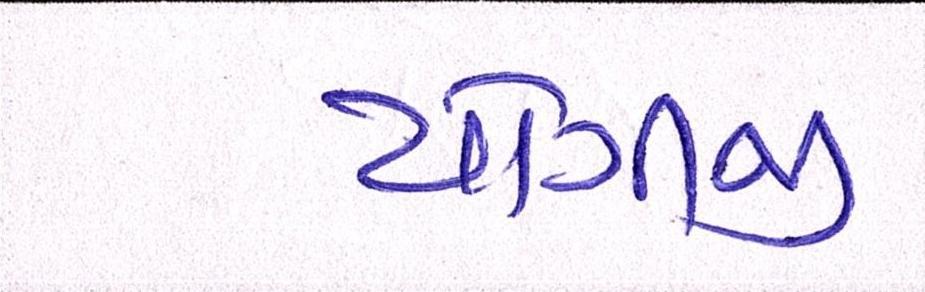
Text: યોગીજી